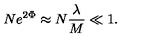
N e ^ { 2 \Phi } \approx N { \frac { \lambda } { M } } \ll 1 .